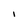
Character: l